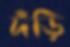
দঁড়ি